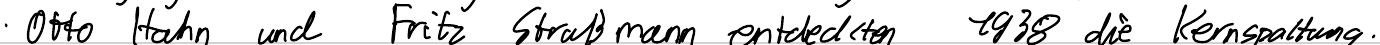
- Otto Hahn und Fritz Straußmann entdeckten 1938 die Kernspaltung.